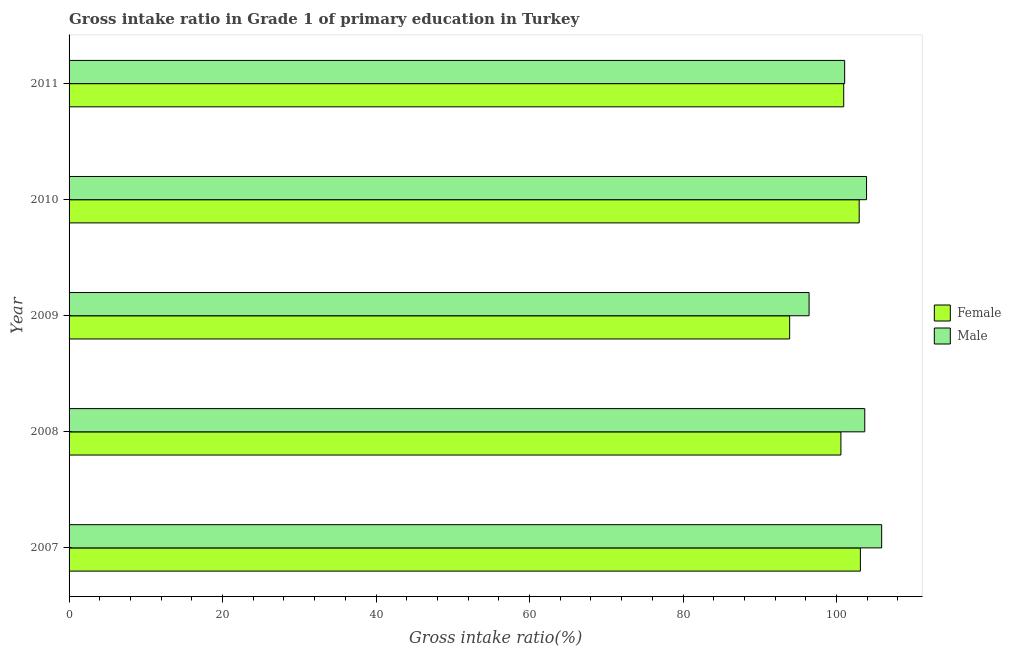
| Year | Female | Male |
 | --- | --- | --- |
 | 2007 | 103 | 106 |
 | 2008 | 101 | 104 |
 | 2009 | 93.9 | 96.4 |
 | 2010 | 103 | 104 |
 | 2011 | 101 | 101 |